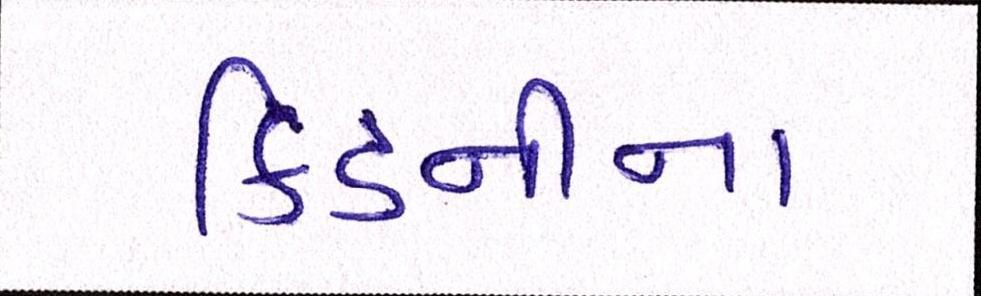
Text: કિડનીના